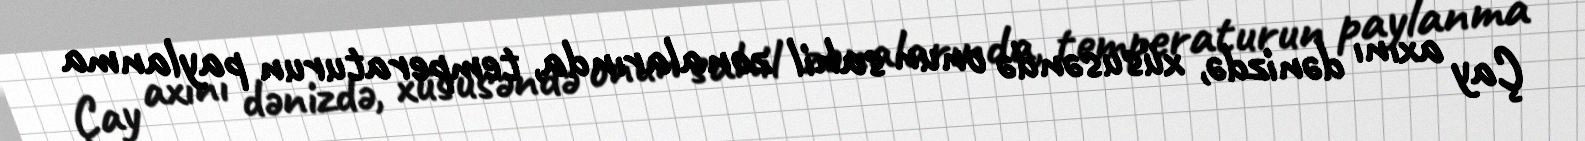
Çay axını dənizdə, xüsusəndə onun sahil zonalarında, temperaturun paylanma